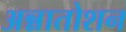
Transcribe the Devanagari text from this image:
अन्नातोशन